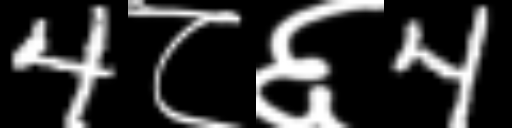
Text: 4८६4